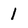
Character: 1